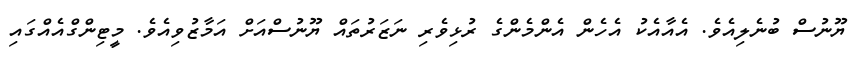
ޔޫނުސް ބުނެލިއެވެ. އެއާއެކު އެހެން އެންމެންގެ ރުޅިވެރި ނަޒަރުތައް ޔޫނުސްއަށް އަމާޒުވިއެވެ. މީޓިންގްއެއްގައި